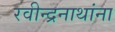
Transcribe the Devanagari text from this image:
रवीन्द्रनाथांना